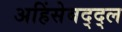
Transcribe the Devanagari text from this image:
अहिंसेबद्द्ल